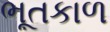
ભૂતકાળ